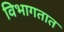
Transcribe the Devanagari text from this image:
विभागतात